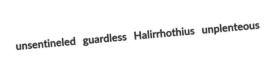
unsentineled guardless Halirrhothius unplenteous